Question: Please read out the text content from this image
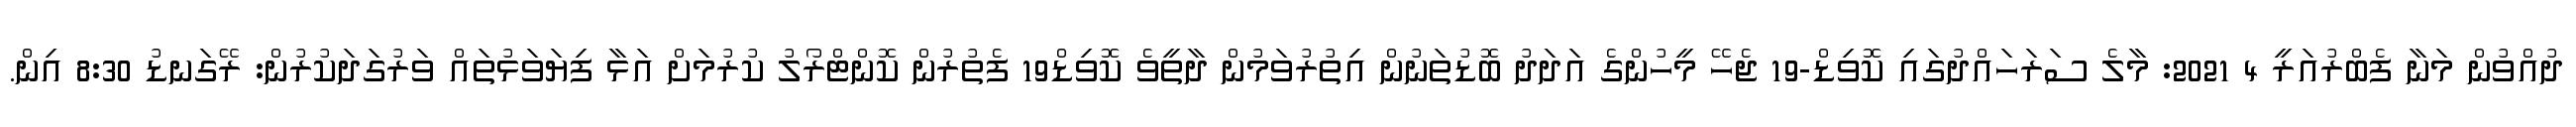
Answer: ދުއްވުން މަނާ ފެބްރުއަރީ 4 2021: މާލެ ސަރަހައްދުގައި ކޮވިޑް-19 ޖެހޭ މީހުންގެ އަދަދު ބޮޑުތަނުން އިތުރުވަމުން ދާތީވެ ކޮވިޑް19 ފެތުރުން ކޮންޓްރޯލު ކުރުމަށް އަޅާ ފިޔަވަޅުތައް ވަރުގަދަކުރުން: ރޭގަނޑު 8:30 އިން.